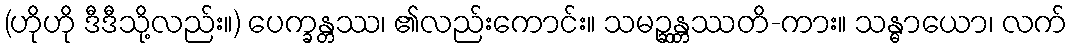
(ဟိုဟို ဒီဒီသို့လည်း။) ပေက္ခန္တဿ၊ ၏လည်းကောင်း။ သမဉ္ဆန္တဿတိ-ကား။ သန္ဓာယော၊ လက်